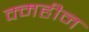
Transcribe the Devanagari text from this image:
क्महीन